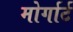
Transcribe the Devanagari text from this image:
मोर्गार्ट